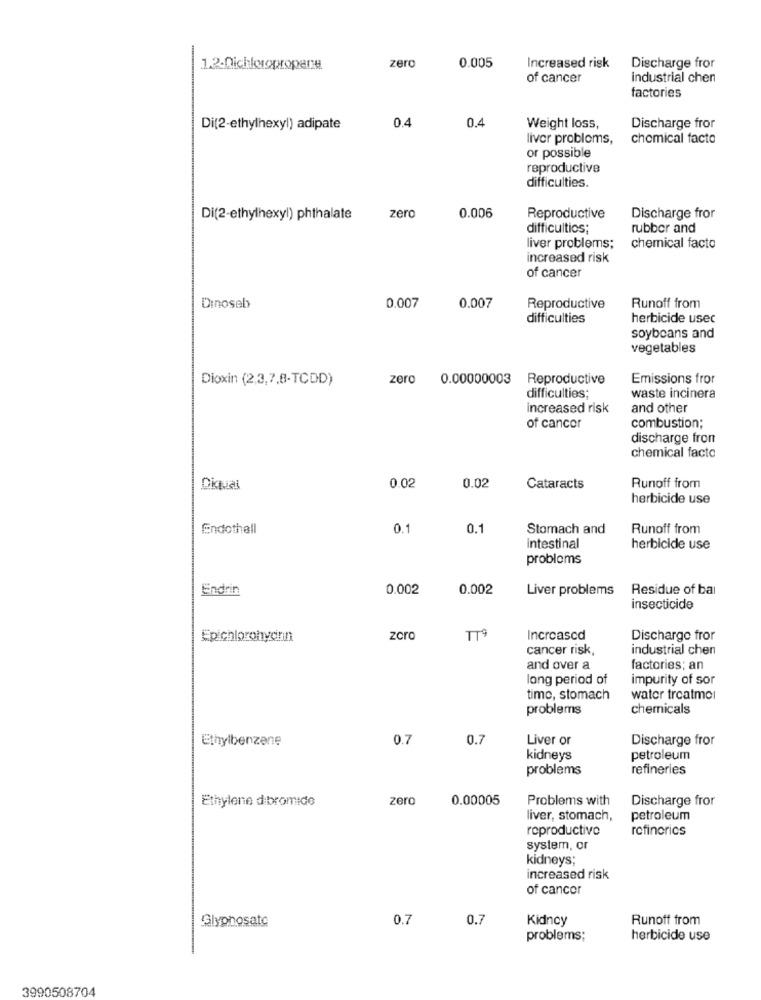
1.2-Dichloropropane
zero
0.005
Increased risk
Discharge fror
of cancer
industrial chen
factories
0.4
Di(2-ethylhexyl) adipate
0.4
Weight loss,
Discharge fror
liver problems,
chemical facto
or possible
reproductive
difficulties.
Reproductive
Di(2-ethylhexyl) phthalate
zero
0.006
Discharge fror
difficultios;
rubber and
liver problems;
chemical facto
increased risk
of cancer
Dinoseb
0.007
0.007
Reproductive
Runoff from
difficulties
herbicide usec
soybeans and
vegetables
Dioxin (2,3,7,8-TCDD)
zero 0.00000003 Reproductive
Emissions fror
difficulties;
waste incinera
increased risk
and other
of cancer
combustion;
discharge fron
chemical facto
0.02
Diqual
0.02
Cataracts
Runoff from
herbicide use
Endothell
0.1
0.1
Stomach and
Runoff from
intestinal
herbicide use
problems
Endrin
0.002
0.002
Liver problems Residue of bal
insecticide
Epichlorohydinn
zoro
TT9
Increased
Discharge fror
cancer risk,
industrial chen
and over a
factories; an
long period of
impurity of sor
time, stomach
wator treatmol
problems
chemicals
Ethylbenzene
0.7
0.7
Liver or
Discharge fror
kidneys
petroleum
problems
refineries
zero
0.00005
Problems with
Discharge fror
Ethylene dibromide
liver, stomach,
petroleum
reproductive
rofinorics
system, or
kidneys;
increased risk
of cancer
0.7
0.7
Kidney
Runoff from
Glyphosate
problems;
herbicide use
3990508704